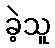
ခဲ့သူ